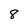
Character: 8